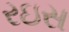
રઇસ